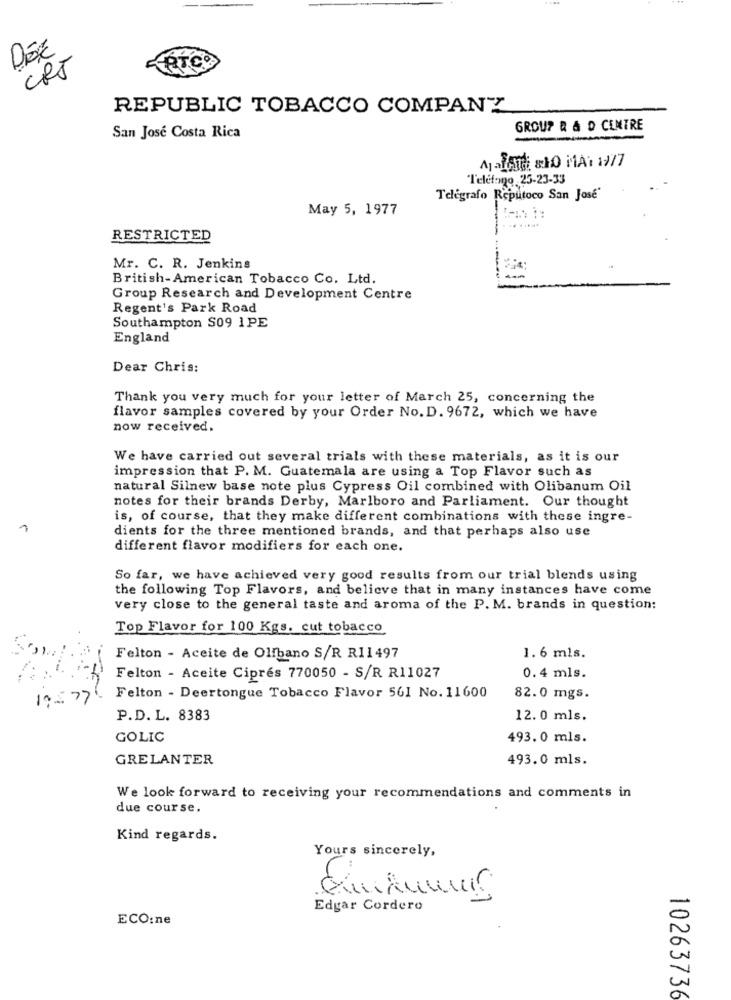
DEE
ATCO
CRT
REPUBLIC TOBACCO COMPANY
GROUP R & D CENTRE
San José Costa Rica
Teléfono 25-23-33
Telegrafo Reputoco San Jose"
May 5, 1977
RESTRICTED
Mr. C. R. Jenkins
British-American Tobacco Co. Ltd.
Group Research and Development Centre
Regent's Park Road
Southampton S09 1PE
England
Dear Chris:
Thank you very much for your letter of March 25, concerning the
flavor samples covered by your Order No. D. 9672, which we have
now received.
We have carried out several trials with these materials, as it is our
impression that P. M. Guatemala are using a Top Flavor such as
natural Silnew base note plus Cypress Oil combined with Olibanum Oil
notes for their brands Derby, Marlboro and Parliament. Our thought
is, of course, that they make different combinations with these ingre-
dients for the three mentioned brands, and that perhaps also use
different flavor modifiers for each one.
So far, we have achieved very good results from our trial blends using
the following Top Flavors, and believe that in many instances have come
very close to the general taste and aroma of the P. M. brands in question:
Top Flavor for 100 Kgs. cut tobacco
Felton - Aceite de Olibano S/R R11497
1. 6 mls.
Felton - Aceite Ciprés 770050 - S/R R11027
0.4 mls.
Felton - Deertongue Tobacco Flavor 561 No. 11600
82.0 mgs.
P.D. L. 8383
12. 0 mls.
GOLIC
493. 0 mls.
GRELANTER
493.0 mls.
We look forward to receiving your recommendations and comments in
due course.
Kind regards.
Yours sincerely,
Edgar Cordero
ECO:ne
1026373